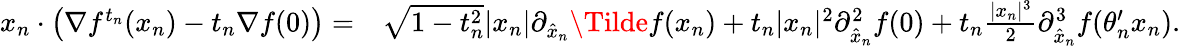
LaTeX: \begin{array}{rl}{x_{n}\cdot\big(\nabla f^{t_{n}}(x_{n})-t_{n}\nabla f(0)\big)=}&{\sqrt{1-t_{n}^{2}}\lvert x_{n}\rvert\partial_{\hat{x}_{n}}\Tilde{f}(x_{n})+t_{n}\lvert x_{n}\rvert^{2}\partial_{\hat{x}_{n}}^{2}f(0)+t_{n}\frac{\lvert x_{n}\rvert^{3}}{2}\partial_{\hat{x}_{n}}^{3}f(\theta_{n}^{\prime}x_{n}).}\end{array}